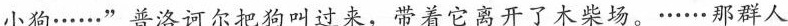
小狗......”普洛诃尔把狗叫过来，带着它离开了木柴场。......那群人